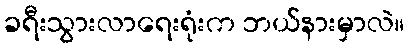
ခရီးသွားလာရေးရုံးက ဘယ်နားမှာလဲ။